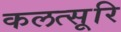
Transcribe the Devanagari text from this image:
कलत्सूरि